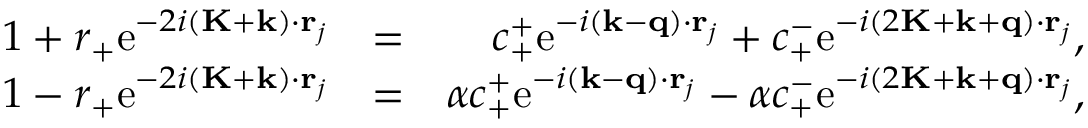
\begin{array} { r l r } { 1 + r _ { + } \mathrm { e } ^ { - 2 i ( \mathbf { K } + \mathbf { k } ) \cdot \mathbf { r } _ { j } } } & { = } & { c _ { + } ^ { + } \mathrm { e } ^ { - i ( \mathbf { k } - \mathbf { q } ) \cdot \mathbf { r } _ { j } } + c _ { + } ^ { - } \mathrm { e } ^ { - i ( 2 \mathbf { K } + \mathbf { k } + \mathbf { q } ) \cdot \mathbf { r } _ { j } } , } \\ { 1 - r _ { + } \mathrm { e } ^ { - 2 i ( \mathbf { K } + \mathbf { k } ) \cdot \mathbf { r } _ { j } } } & { = } & { \alpha c _ { + } ^ { + } \mathrm { e } ^ { - i ( \mathbf { k } - \mathbf { q } ) \cdot \mathbf { r } _ { j } } - \alpha c _ { + } ^ { - } \mathrm { e } ^ { - i ( 2 \mathbf { K } + \mathbf { k } + \mathbf { q } ) \cdot \mathbf { r } _ { j } } , } \end{array}